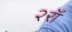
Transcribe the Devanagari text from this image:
२रॉ